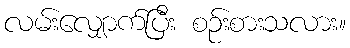
လမ်းလျှောက်ပြီး စဉ်းစားသလား။